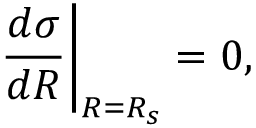
\frac { d \sigma } { d R } \bigg | _ { R = R _ { s } } = 0 ,